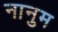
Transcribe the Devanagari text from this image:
नानुम